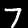
Digit: 7